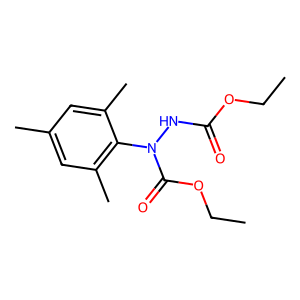
SMILES: CCOC(=O)NN(C(=O)OCC)c1c(C)cc(C)cc1C
Inhibits HIV replication: No